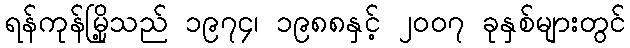
ရန်ကုန်မြို့သည် ၁၉၇၄၊ ၁၉၈၈နှင့် ၂၀၀၇ ခုနှစ်များတွင်